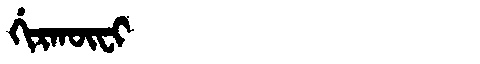
Manchu: ᡤᡳᡵᡴᡡᠸᡳ
Romanization: GIRKŪFI